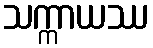
သက္ကာယဿ